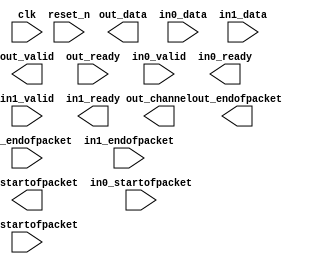
module avalon_st_multiplexer_0 (
		input  wire        clk,               //   clk.clk
		input  wire        reset_n,           // reset.reset_n
		output wire [71:0] out_data,          //   out.data
		output wire        out_valid,         //      .valid
		input  wire        out_ready,         //      .ready
		output wire        out_startofpacket, //      .startofpacket
		output wire        out_endofpacket,   //      .endofpacket
		output wire        out_channel,       //      .channel
		input  wire [71:0] in0_data,          //   in0.data
		input  wire        in0_valid,         //      .valid
		output wire        in0_ready,         //      .ready
		input  wire        in0_startofpacket, //      .startofpacket
		input  wire        in0_endofpacket,   //      .endofpacket
		input  wire [71:0] in1_data,          //   in1.data
		input  wire        in1_valid,         //      .valid
		output wire        in1_ready,         //      .ready
		input  wire        in1_startofpacket, //      .startofpacket
		input  wire        in1_endofpacket    //      .endofpacket
	);
endmodule